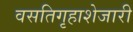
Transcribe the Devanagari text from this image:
वसतिगृहाशेजारी